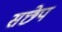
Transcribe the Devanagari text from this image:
सछेप